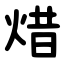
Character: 焟